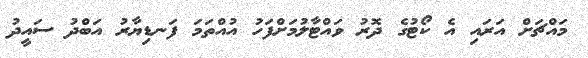
މައްޗަށް އަރައި އެ ކޯޓުގެ ދޮރު ވައްޓާލުމަށްފަހު އުއްތަމަ ފަނޑިޔާރު އަބްދު ސައީދު